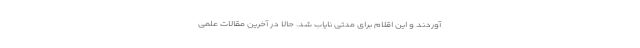
‌‌آوردند و این اقلام برای مدتی نایاب شد. حالا در آخرین مقالات علمی